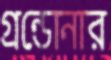
গ্রন্ডোনার